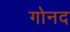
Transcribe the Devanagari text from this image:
गोनद